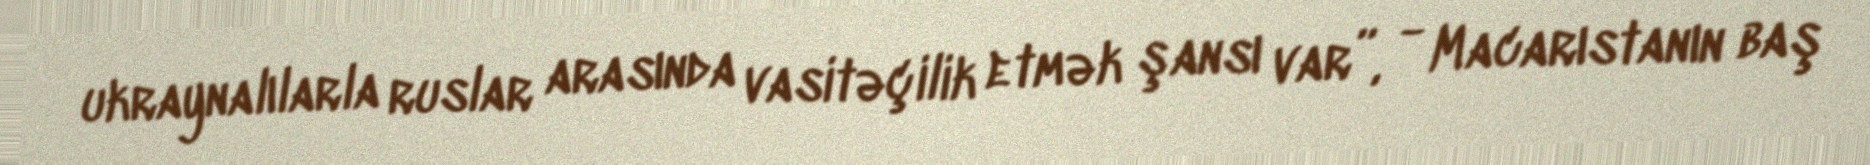
ukraynalılarla ruslar arasında vasitəçilik etmək şansı var”, - Macarıstanın baş